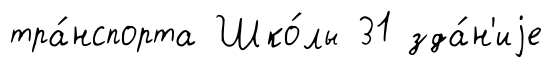
тра́нспорта Шко́лы 31 зда́н'иjе